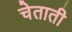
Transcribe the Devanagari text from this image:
चेताती